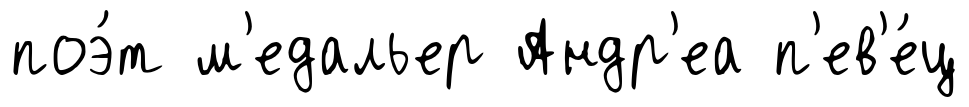
поэ́т м'едальер Андр'еа п'ев'е́ц